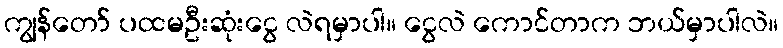
ကျွန်တော် ပထမဦးဆုံးငွေ လဲရမှာပါ။ ငွေလဲ ကောင်တာက ဘယ်မှာပါလဲ။